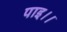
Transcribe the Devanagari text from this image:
पाइ।।